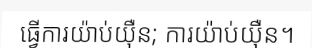
ធ្វើការយ៉ាប់យ៉ឺន; ការយ៉ាប់យ៉ឺន។